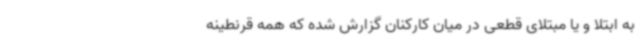
به ابتلا و یا مبتلای قطعی در میان کارکنان گزارش شده که همه قرنطینه